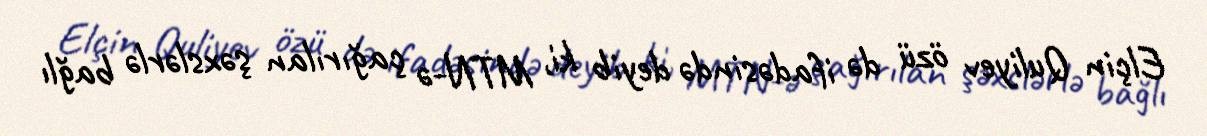
Elçin Quliyev özü də ifadəsində deyib ki, MTN-ə çağırılan şəxslərlə bağlı